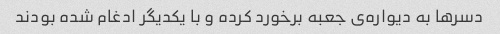
دسر‌ها به دیواره‌ی جعبه برخورد کرده و با یکدیگر ادغام شده بودند